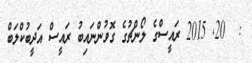
:  20